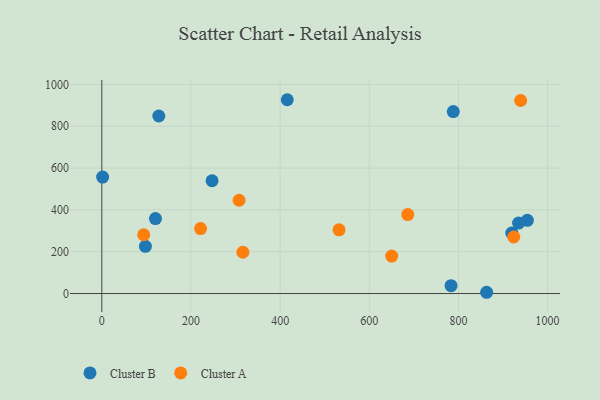
{"axis": {"x": "Ad Spend", "y": "Sales"}, "legend": ["Cluster A", "Cluster B"], "data": [{"x": "919.6", "y": 289.2, "type": "Cluster B"}, {"x": "120.3", "y": 358.7, "type": "Cluster B"}, {"x": "416.0", "y": 926.9, "type": "Cluster B"}, {"x": "97.8", "y": 225.9, "type": "Cluster B"}, {"x": "1.8", "y": 557.0, "type": "Cluster B"}, {"x": "954.6", "y": 350.3, "type": "Cluster B"}, {"x": "247.3", "y": 539.5, "type": "Cluster B"}, {"x": "127.8", "y": 849.0, "type": "Cluster B"}, {"x": "788.4", "y": 870.1, "type": "Cluster B"}, {"x": "863.2", "y": 6.0, "type": "Cluster B"}, {"x": "783.4", "y": 37.5, "type": "Cluster B"}, {"x": "934.9", "y": 336.9, "type": "Cluster B"}, {"x": "307.9", "y": 446.2, "type": "Cluster A"}, {"x": "650.3", "y": 179.3, "type": "Cluster A"}, {"x": "939.5", "y": 923.3, "type": "Cluster A"}, {"x": "532.2", "y": 304.7, "type": "Cluster A"}, {"x": "221.5", "y": 310.5, "type": "Cluster A"}, {"x": "316.4", "y": 197.5, "type": "Cluster A"}, {"x": "924.0", "y": 270.4, "type": "Cluster A"}, {"x": "686.3", "y": 377.8, "type": "Cluster A"}, {"x": "94.0", "y": 281.2, "type": "Cluster A"}]}